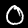
Label: 0